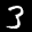
Label: 3